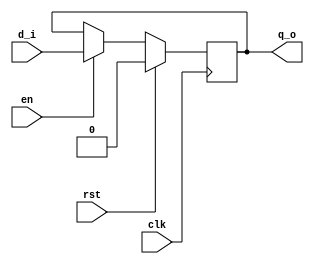
module myDff (q_o,d_i, clk,en,rst);
 	 input d_i,clk,en,rst;
	 output reg q_o;
	 always @ (posedge clk)
		 begin
		if (rst == 1'b1)
			q_o <= 1'b0;
		else if (en)
			q_o <= d_i;
		else
			q_o <= q_o;
		 end
endmodule